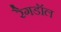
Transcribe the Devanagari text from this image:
रैगडॉल